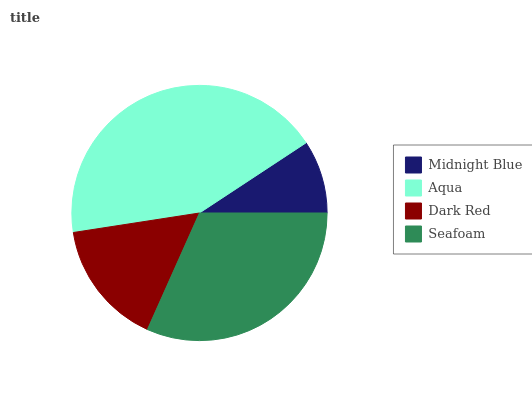
| Midnight Blue | Aqua | Dark Red | Seafoam |
 | --- | --- | --- | --- |
 | 9.27% | 43.2% | 15.9% | 31.7% |